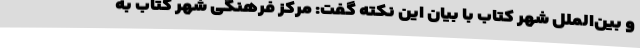
و بین‌الملل شهر کتاب با بیان این نکته گفت: مرکز فرهنگی شهر کتاب به